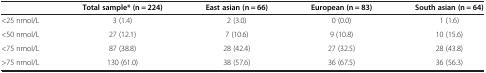
<table><thead><tr><td><b> </b></td><td><b>Total sample* (n = 224)</b></td><td><b>East asian (n = 66)</b></td><td><b>European (n = 83)</b></td><td><b>South asian (n = 64)</b></td></tr></thead><tbody><tr><td>&lt;25 nmol/L</td><td>3 (1.4)</td><td>2 (3.0)</td><td>0 (0.0)</td><td>1 (1.6)</td></tr><tr><td>&lt;50 nmol/L</td><td>27 (12.1)</td><td>7 (10.6)</td><td>9 (10.8)</td><td>10 (15.6)</td></tr><tr><td>&lt;75 nmol/L</td><td>87 (38.8)</td><td>28 (42.4)</td><td>27 (32.5)</td><td>28 (43.8)</td></tr><tr><td>&gt;75 nmol/L</td><td>130 (61.0)</td><td>38 (57.6)</td><td>36 (67.5)</td><td>36 (56.3)</td></tr></tbody></table>